画像に写った文字を読んでください
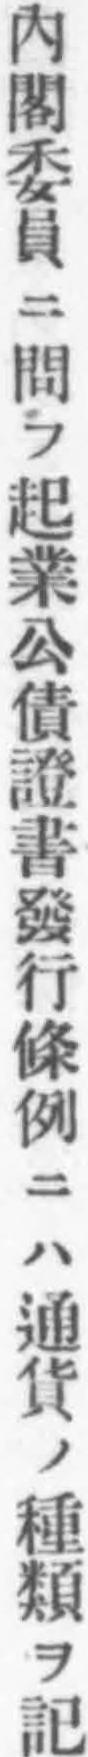
「内閣委員ニ問フ起業公債證書發行條例ニハ通貨ノ種類ヲ記」と書いてあります